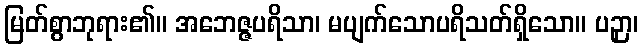
မြတ်စွာဘုရား၏။ အဘေဇ္ဇပရိသာ၊ မပျက်သောပရိသတ်ရှိသော။ ပဉှာ၊